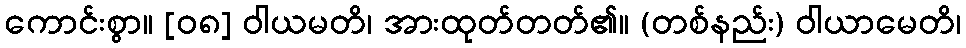
ကောင်းစွာ။ [၀၈] ဝါယမတိ၊ အားထုတ်တတ်၏။ (တစ်နည်း) ဝါယာမေတိ၊